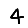
Digit: 4